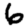
Digit: 6